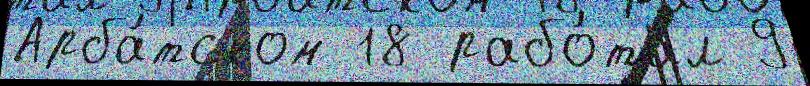
Арба́тском 18 рабо́тал 9